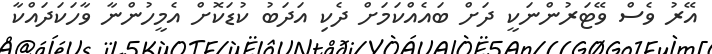
އޭރު ވެސް ވޭޓަރުންނަކީ ދަށް ބައެއްކަމަށް ދެކި އަދަބު ކުޑަކޮށް އެމީހުންނާ ވާހަކަދައްކާ